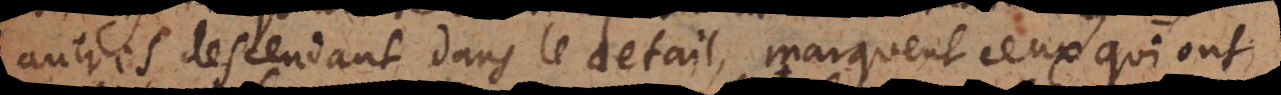
autres descendant dans le detail, marquent ceux qui ont